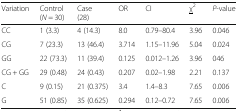
| Variation | Control(N = 30) | Case(28) | OR | CI | <underline>χ</underline>2 | P-value |
 | --- | --- | --- | --- | --- | --- | --- |
 | CC | 1 (3.3) | 4 (14.3) | 8.0 | 0.79–80.4 | 3.96 | 0.046 |
 | CG | 7 (23.3) | 13 (46.4) | 3.714 | 1.15–11.96 | 5.04 | 0.024 |
 | GG | 22 (73.3) | 11 (39.4) | 0.125 | 0.012–1.26 | 3.96 | 046 |
 | CG + GG | 29 (0.48) | 24 (0.43) | 0.207 | 0.02–1.98 | 2.21 | 0.137 |
 | C | 9 (0.15) | 21 (0.375) | 3.4 | 1.4–8.3 | 7.65 | 0.006 |
 | G | 51 (0.85) | 35 (0.625) | 0.294 | 0.12–0.72 | 7.65 | 0.006 |